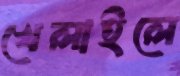
খেলাইলে